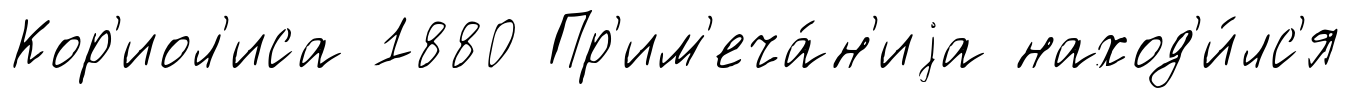
Кор'иол'иса 1880 Пр'им'еча́н'иjа наход'и́лс'я